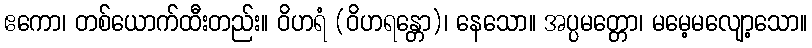
ဧကော၊ တစ်ယောက်ထီးတည်း။ ဝိဟရံ (ဝိဟရန္တော)၊ နေသော။ အပ္ပမတ္တော၊ မမေ့မလျော့သော။